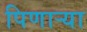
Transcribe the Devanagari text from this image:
पिणार्‍या